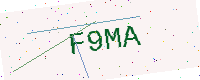
Text: F9MA